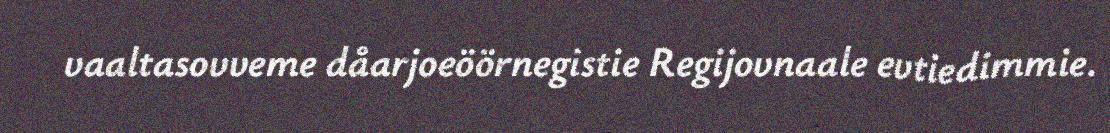
vaaltasovveme dåarjoeöörnegistie Regijovnaale evtiedimmie.